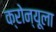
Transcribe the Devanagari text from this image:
क्रोन्यूला